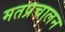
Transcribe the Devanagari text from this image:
मतप्रचालन